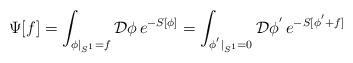
LaTeX: \begin{align*}\Psi[f]=\int_{\phi|_{S^{1}}=f}{\cal D}\phi\,e^{-S[\phi]}=\int_{\phi^{'}|_{S^{1}}=0}{\cal D}\phi^{'}\,e^{-S[\phi^{'}+f]}\end{align*}